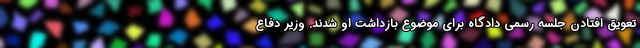
تعویق افتادن جلسه رسمی دادگاه برای موضوع بازداشت او شدند. وزیر دفاع